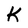
Character: K